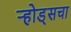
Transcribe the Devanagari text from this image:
ऱ्होड्सचा